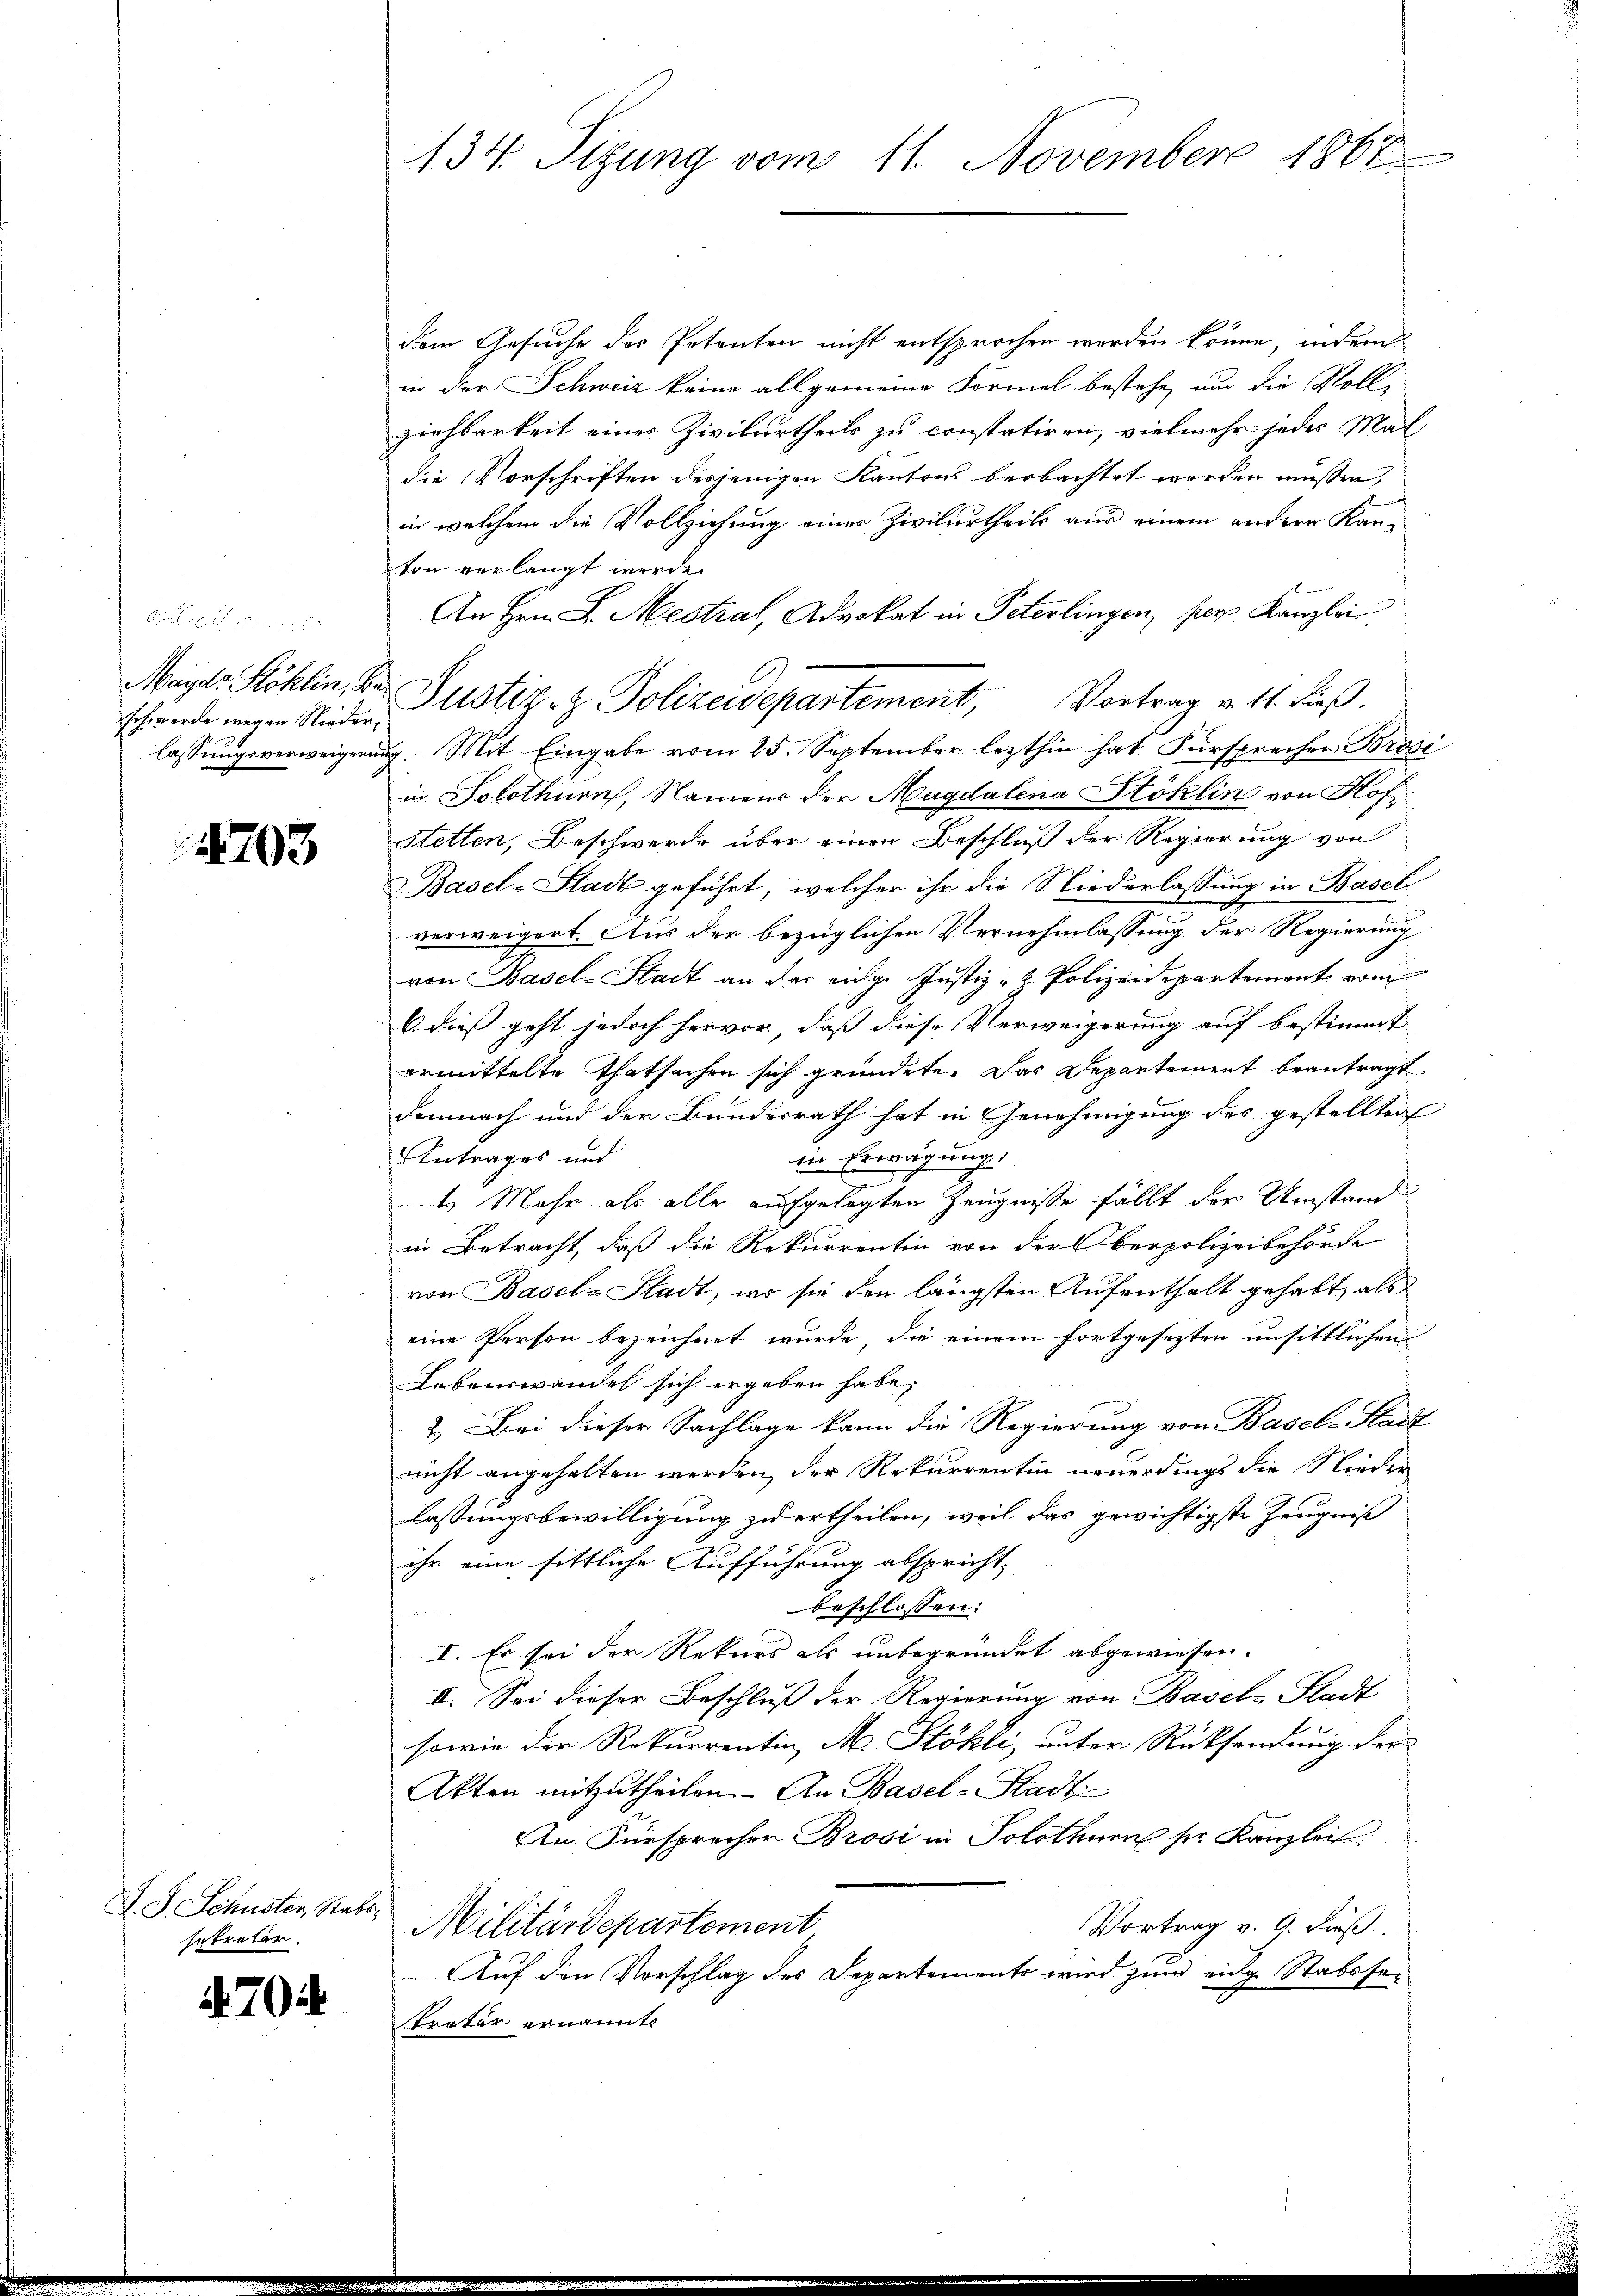
x
schwerde wegen Nieder¬

4703

J. J. Schuster, Statt
setretär.

4704

134. Sitzung vom 11. November 1867

dem Gesuche des Potenten nicht entsprochen worden könne, indem
in der Schweiz keine allgemeine Formel bestehe, um die Volle
ziehbarkeit eines Zivilurtheils zu constatiren, vielmehr jedes Mal
die Vorschriften desjenigen Kantons beobachtet werden müssen,
in welchem die Vollziehung einer Zivilurtheils aus einem andere Kanton verlangt werde.
An Hrn. F. Mestral, Advokat in Peterlingen, per Kanzlei
lassungsverweigerung. Mit Eingabe vom 25. September lezthin hat Fürsprecher Brosi
in Solothurn, Namens der Magdalena Stoklin von Hof
Stetten, Beschwerde über einen Beschluß der Regierung von
Basel-Stadt geführt, welcher ihr die Niederlassung in Basel
verweigert. Aus der bezüglichen Vernehmlassung der Regierung
von Basel-Stadt an der einge Justiz- & Polizeidepartement vom
6. dieß geht jedoch hervor, daß diese Verweigerung auf bestimmt
ermittelte Thatsachen sich gründete. Das Departement beantragt.
Demnach und der Bundesrath hat in Genehmigung des gestellten
Antrages und
in Erwägung.
1.) Mehr als alle aufgelegten Zeugnisse fällt der Umstand
in Betracht, daß die Rekurrentin von der Oberpolizeibehörde
von Basel-Stadt, wo sie den längsten Aufenthalt gehabt, als
eine Person bezeichnet wurde, die einem fortgesezten unsittlichen
Lebenswandel sich ergeben habe.
2.) Bei dieser Sachlage kann die Regierung von Basel-Stadt
nicht angehalten werden, der Rekurrentin neuerdings die Nieder
lassungsbewilligung zu ertheilen, weil das gewichtigste Zeugniß
ihr eine sittliche Aufführung abspricht,
beschlossen:
I. Es sei der Rekurs als unbegründet abgewiesen. |
II. Sei dieser Beschluß der Regierung von Basel-Stadt
sowie der Rekurrentin M. Stöhli, unter Rücksendung der
Akten mitzutheilen. An Basel-Stadt
An Fürsprecher Brosi in Solothurn pr. Kanzlei.
Vortrag v. 9. Fuß.
Militärdepartement,
Auf den Vorschlag des Separtements wird zum eige Stabsse¬
Tretär ernannte

Magl. Stoklin, der Justiz- & Polizeidepartement, Vortrag v. 11. dieß.